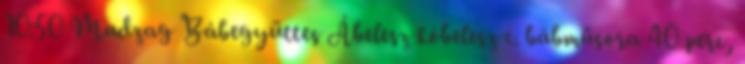
10:50 Madzag Bábegyüttes Ábelesz kóbelesz c. bábműsora 40 perc,